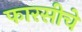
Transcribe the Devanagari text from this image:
फारसीचे